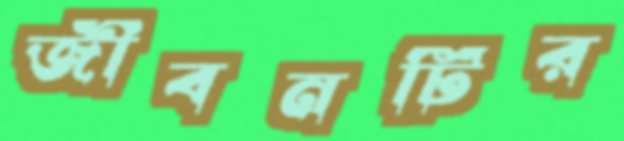
জীবনটির